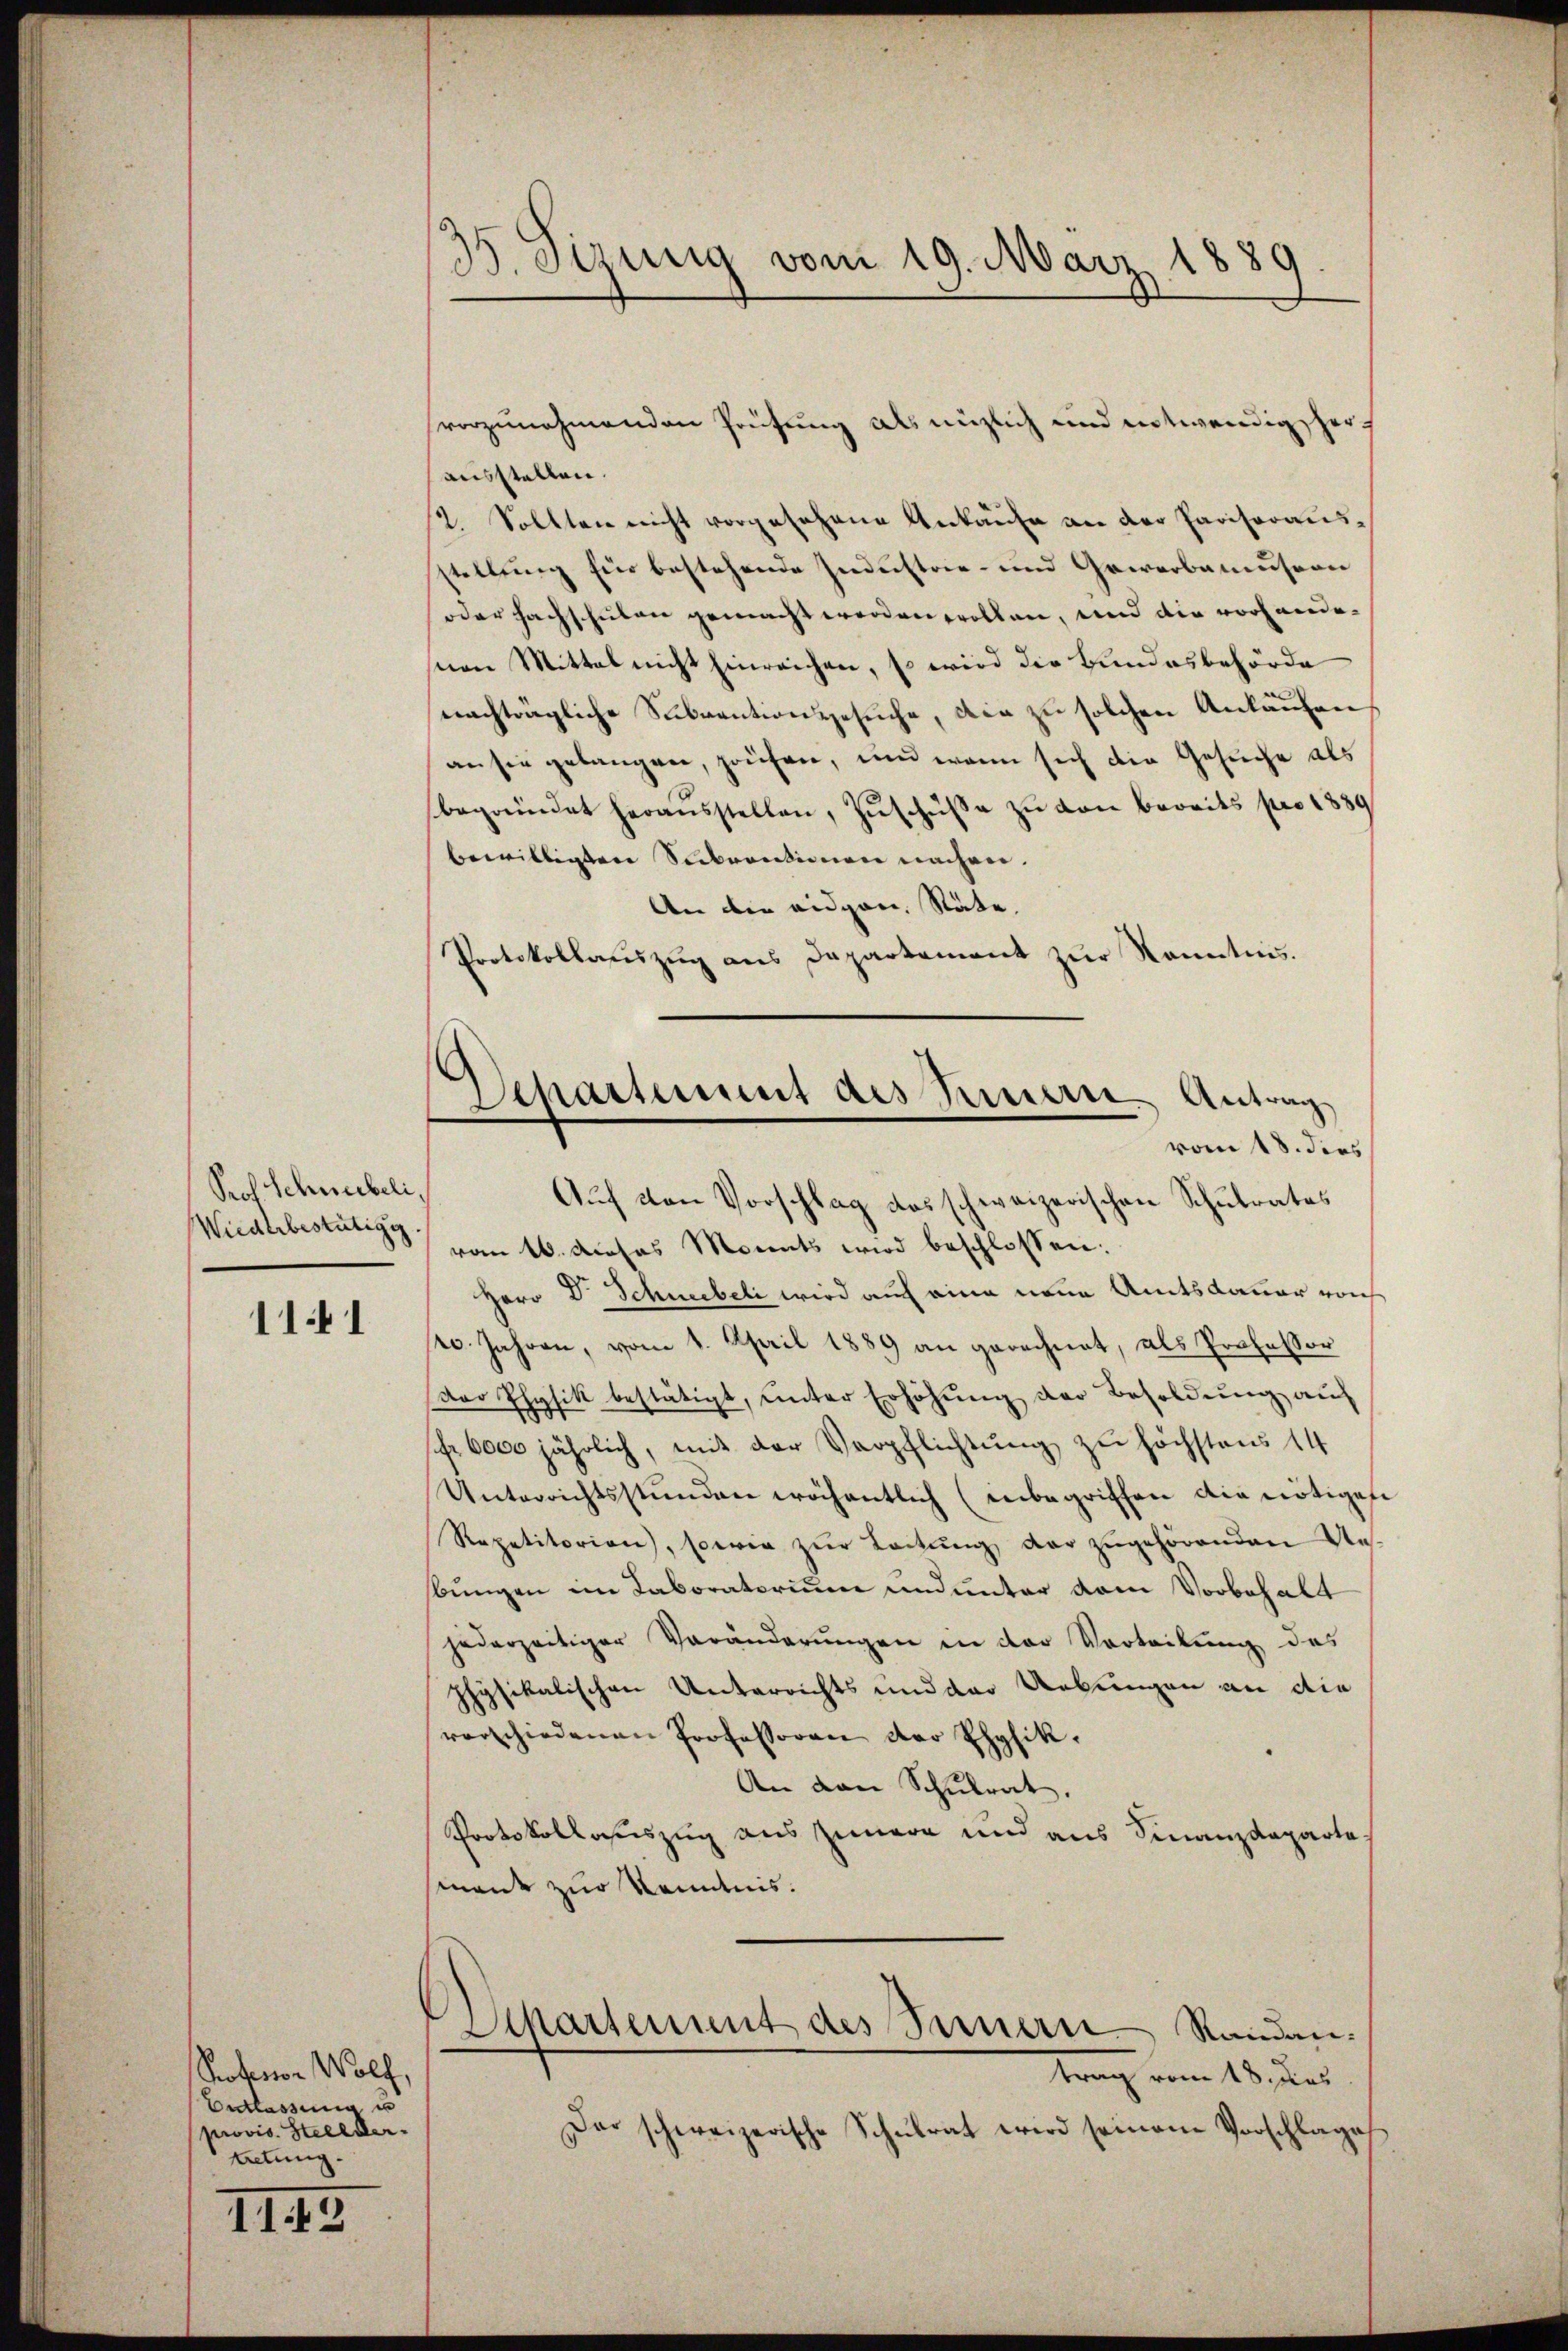
Prof Schneebeli,
Wiederbestätig.

111

Professor Wolf,
Entlassung un
provis. Stellver-
tetung.
III5

35. Sizung vom 19. März 1889

Departement des Innern Antrag

vorzunehmenden Prüfung als nüzlich und entwendig herausstellen.
2. Sollten nicht vorgesehene Ankaufe an der Parisorausstellung für bestehende Industrie- und Gewerbemusion
oder Fachschulen gemacht worden sollen, und die vorhandesnen Mittel nicht Einreichen, so wird die Bundesbehörde
nachträgliche Subventionsgesuche, die zu solchen Ankaufen
an sie gelangen, prüfen, und wenn sich die Gesuche als
begründet herausstellen, Zuschüsse zu von bereits pro 1889
bewilligten Subventionen nachen.
An die eidgen. Stäte.
Protokollaŭszŭg ans Departement zŭr Kenntnis.
vom 18. dies
Aŭf von Vorschlag das schweizerischen Schŭlrates
vom 16. dieses Monats wird beschlossen:
Herr Dr. Schneebeli wird auf eine neue Amtsdauer von
rc. Jahren, vom 1. April 1889 an gerechnet, als Professor
der Physik bestätigt, ŭnter Erhöhŭng der Besoldŭng auf
fr 6000 jährlich, mit der Verpflichtung zu höchstens 14
Unterrichtsstunden wöchentlich (inbegriffen die nötigese
Repetitorian, sowie zur Leitung der zugehörenden Anbungen im Laboratorium und unter dem Vorbehalt
jederzeitiger Veränderungen in der Vorteilung des
physikalischen Unterrichts und der Uebungen an die
verschiedenen Professoren der Physik.
An den Schŭlrat.
Protokollauszug aus Zunara und aus Finanzdeparte
mant zur Kenntnis.
Departement des Innern Randantrag vom 18. des
Der schweizerische Schŭlrat wird seinem Vorschlage